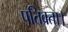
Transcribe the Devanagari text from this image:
पतिव्रता।